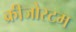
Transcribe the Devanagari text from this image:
क्रीजोस्टम